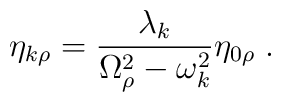
\eta_{k\rho}=\frac{\lambda_k}{\Omega_{\rho}^2-\omega_k^2}\eta_{0\rho}\;.